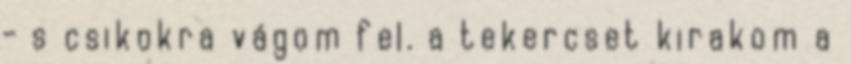
- s csikokra vágom fel. a tekercset kirakom a